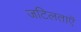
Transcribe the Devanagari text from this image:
जटिलताएॅ